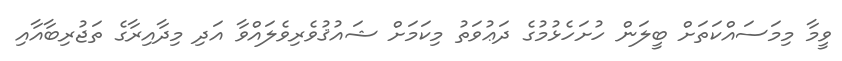
ވީމާ މިމަސައްކަތަށް ބީލަން ހުށަހެޅުމުގެ ދަޢުވަތު މިކަމަށް ޝައުޤުވެރިވެލައްވާ އަދި މިދާއިރާގެ ތަޖުރިބާއާއި